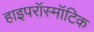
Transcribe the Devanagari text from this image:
हाइपरॉस्मॉटिक